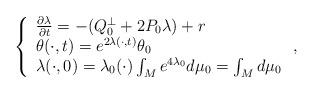
LaTeX: \begin{align*}\left\{\begin{array}{l}\frac{\partial \lambda }{\partial t}=-(Q_{0}^{\bot }+2P_{0}\lambda )+r \\\theta (\cdot ,t)=e^{2\lambda (\cdot ,t)}\theta _{0} \\\lambda (\cdot ,0)=\lambda _{0}(\cdot )\int_{M}e^{4\lambda_{0}}d\mu _{0}=\int_{M}d\mu _{0}\end{array}\right. , \end{align*}